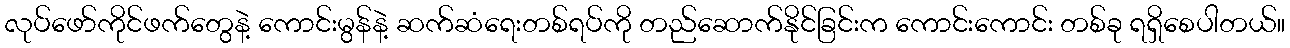
လုပ်ဖော်ကိုင်ဖက်တွေနဲ့ ကောင်းမွန်နဲ့ ဆက်ဆံရေးတစ်ရပ်ကို တည်ဆောက်နိုင်ခြင်းက ကောင်းကောင်း တစ်ခု ရရှိစေပါတယ်။